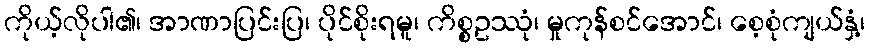
ကိုယ့်လိုပါ၏၊ အာဏာပြင်းပြ၊ ပိုင်စိုးရမူ၊ ကိစ္စဥဿုံ၊ မှုကုန်စင်အောင်၊ စေ့စုံကျယ်နှံ့၊